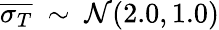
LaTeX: \overline{{\sigma_{T}}}~\sim~\mathcal{N}(2.0,1.0)